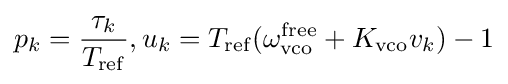
p_{k}={\frac {\tau _{k}}{T_{\rm {ref}}}},u_{k}=T_{\rm {ref}}(\omega _{\rm {vco}}^{\text{free}}+K_{\rm {vco}}v_{k})-1